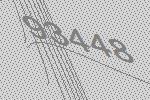
93448